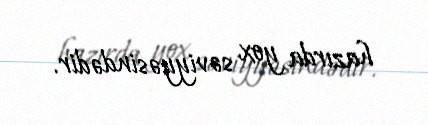
hazırda yox səviyyəsindədir.